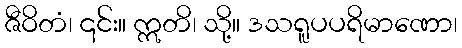
ဇီဝိတံ၊ ၎င်း။ ဣတိ၊ သို့။ ဒသရူပပရိမာဏော၊